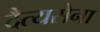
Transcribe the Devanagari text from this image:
दैत्यसेना